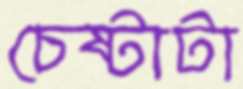
চেষ্টাটা